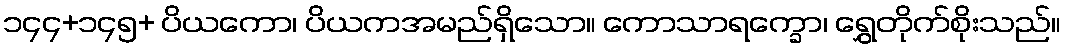
၁၄၄+၁၄၅+ ပိယကော၊ ပိယကအမည်ရှိသော။ ကောသာရက္ခော၊ ရွှေတိုက်စိုးသည်။